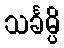
သင်္ခမ္ပိ